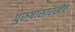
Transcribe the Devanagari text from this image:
पुरुषांसारखेच